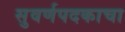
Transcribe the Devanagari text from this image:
सुवर्णपदकाचा